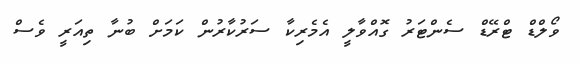
ވޯލްޑް ޓްރޭޑް ސެންޓަރު ގޮއްވާލީ އެމެރިކާ ސަރުކާރުން ކަމަށް ބުނާ ތިއަރީ ވެސް